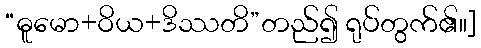
“ဓူမော+ဝိယ+ဒိဿတိ”တည်၍ ရုပ်တွက်၏။]